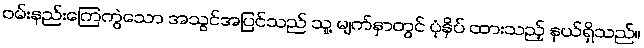
ဝမ်းနည်းကြေကွဲသော အသွင်အပြင်သည် သူ့ မျက်နှာတွင် ပုံနှိပ် ထားသည့် နှယ်ရှိသည်။